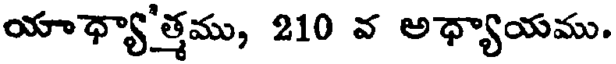
యాధ్యా'త్తము, 210 వ అధ్యాయము.